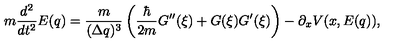
m \frac { d ^ { 2 } } { d t ^ { 2 } } E ( q ) = \frac { m } { { ( \Delta q ) ^ { 3 } } } \left( \frac { \hbar } { 2 m } G ^ { \prime \prime } ( \xi ) + G ( \xi ) G ^ { \prime } ( \xi ) \right) - \partial _ { x } V ( x , E ( q ) ) ,